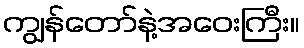
ကျွန်တော်နဲ့အဝေးကြီး။